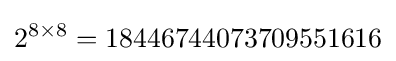
2^{8\times 8}=18446744073709551616